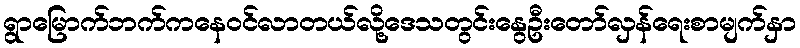
ရွာမြောက်ဘက်ကနေဝင်လာတယ်လို့ဒေသတွင်းနွေဦးတော်လှန်ရေးစာမျက်နှာ